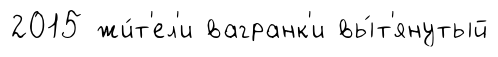
2015 жи́т'ел'и вагранк'и вы́т'янутый